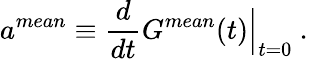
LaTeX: a^{mean}\equiv\frac{d}{dt}G^{mean}(t)\Big|_{t=0}\mathrm{~.~}